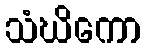
သံဃိကော